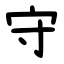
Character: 守